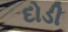
દોડી